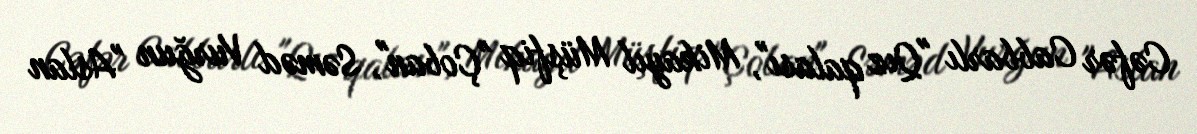
Cəfər Cabbarlı "Qız qalası", Mikayıl Müşfiq "Çoban", Səməd Vurğun "Aslan